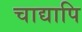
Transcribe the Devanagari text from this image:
चाद्यापि